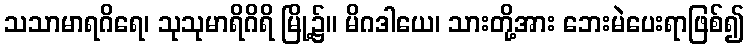
သသာမာရဂိရေ၊ သုသုမာရိဂိရိ မြို့၌။ မိဂဒါယေ၊ သားတို့အား ဘေးမဲပေးရာဖြစ်၍